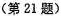
(第21题)